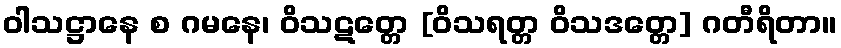
ဝါသဋ္ဌာနေ စ ဂမနေ၊ ဝိသဋတ္တေ [ဝိသရတ္တ ဝိသဒတ္တေ] ဂတီရိတာ။